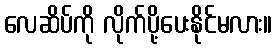
လေဆိပ်ကို လိုက်ပို့ပေးနိုင်မလား။